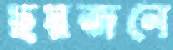
ছয়জনে